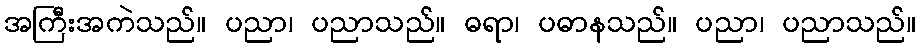
အကြီးအကဲသည်။ ပညာ၊ ပညာသည်။ ဓရာ၊ ပဓာနသည်။ ပညာ၊ ပညာသည်။